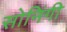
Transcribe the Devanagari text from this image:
सोनिंगी